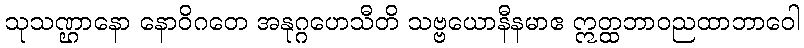
သုသဏ္ဌာနော နောဝိဂတေ အနုဂ္ဂဟေသီတိ သဗ္ဗယောနီနမာဧ ဣတ္ထဘာဝညထာဘာဝေါ